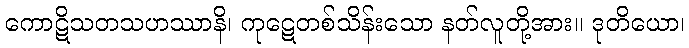
ကောဋိသတသဟဿာနိ၊ ကုဋေတစ်သိန်းသော နတ်လူတို့အား။ ဒုတိယော၊